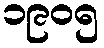
၁၉၀၅